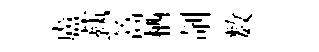
盧蓺篙栖剞数